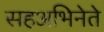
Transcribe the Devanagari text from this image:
सहअभिनेते